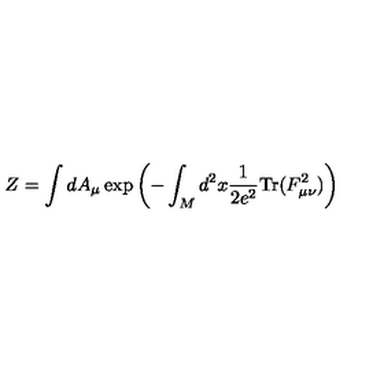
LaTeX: Z = \int d A _ { \mu } \exp \left( - \int _ { M } d ^ { 2 } x \frac { 1 } { 2 e ^ { 2 } } \mathrm { T r } ( F _ { \mu \nu } ^ { 2 } ) \right)